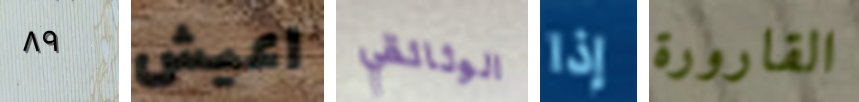
٨٩ اعيش الوثائقي إذا القارورة